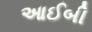
આઈબી